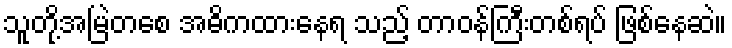
သူတို့အမြဲတစေ အဓိကထားနေရ သည့် တာဝန်ကြီးတစ်ရပ် ဖြစ်နေဆဲ။